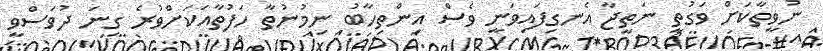
ނުވީތާކަށް ވަގުތީ ނަތީޖާ އެނގިފައިވަނީ ވެސް އިންތިހާބު ނިމުނުތާ ހަފުތާއަކަށްވުރެ ގިނަ ދުވަސްވީ